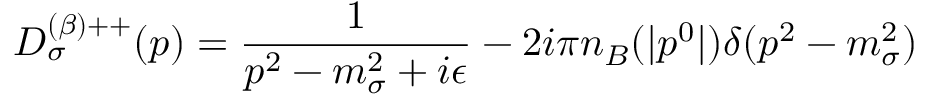
D _ { \sigma } ^ { ( \beta ) + + } ( p ) = \frac { 1 } { p ^ { 2 } - m _ { \sigma } ^ { 2 } + i \epsilon } - 2 i \pi n _ { B } ( | p ^ { 0 } | ) \delta ( p ^ { 2 } - m _ { \sigma } ^ { 2 } )